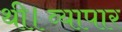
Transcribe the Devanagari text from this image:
थी।व्यापार